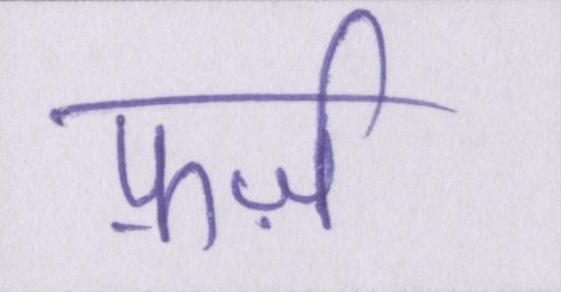
फ़र्ज़